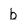
Character: b